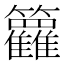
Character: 𬖈